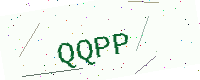
Text: QQPP